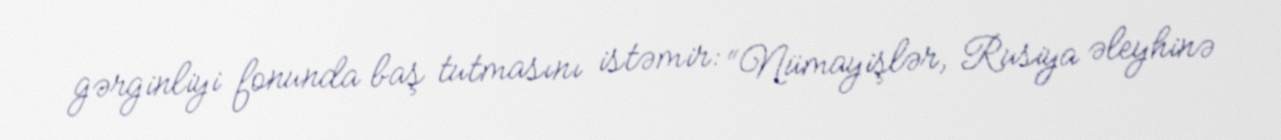
gərginliyi fonunda baş tutmasını istəmir: “Nümayişlər, Rusiya əleyhinə